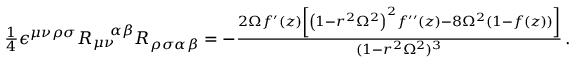
\begin{array} { r l } & { \frac { 1 } { 4 } \epsilon ^ { \mu \nu \rho \sigma } R _ { \mu \nu } ^ { \ \ \ \alpha \beta } R _ { \rho \sigma \alpha \beta } = - \frac { 2 \Omega f ^ { \prime } ( z ) \left[ \left( 1 - r ^ { 2 } \Omega ^ { 2 } \right) ^ { 2 } f ^ { \prime \prime } ( z ) - 8 \Omega ^ { 2 } \left( 1 - f ( z ) \right) \right] } { ( 1 - r ^ { 2 } \Omega ^ { 2 } ) ^ { 3 } } \, . } \end{array}